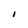
Character: i